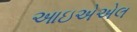
આઇએએલ